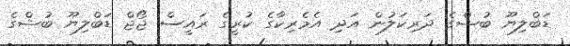
ޑަބްލިޔޫ ބުޝްގެ ދަރިކަލުން އަދި އެމެރިކާގެ ކުރީގެ ރައީސް ޖޯޖް ޑަބްލިޔޫ ބުޝްގެ